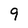
Character: 9